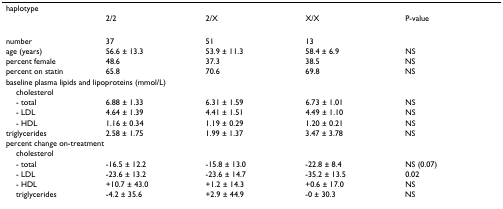
<table><thead><tr><td colspan="5"><b>haplotype</b></td></tr><tr><td></td><td><b>2/2</b></td><td><b>2/X</b></td><td><b>X/X</b></td><td><b>P-value</b></td></tr></thead><tbody><tr><td>number</td><td>37</td><td>51</td><td>13</td><td></td></tr><tr><td>age (years)</td><td>56.6 ± 13.3</td><td>53.9 ± 11.3</td><td>58.4 ± 6.9</td><td>NS</td></tr><tr><td>percent female</td><td>48.6</td><td>37.3</td><td>38.5</td><td>NS</td></tr><tr><td>percent on statin</td><td>65.8</td><td>70.6</td><td>69.8</td><td>NS</td></tr><tr><td colspan="5">baseline plasma lipids and lipoproteins (mmol/L)</td></tr><tr><td> cholesterol</td><td></td><td></td><td></td><td></td></tr><tr><td> - total</td><td>6.88 ± 1.33</td><td>6.31 ± 1.59</td><td>6.73 ± 1.01</td><td>NS</td></tr><tr><td> - LDL</td><td>4.64 ± 1.39</td><td>4.41 ± 1.51</td><td>4.49 ± 1.10</td><td>NS</td></tr><tr><td> - HDL</td><td>1.16 ± 0.34</td><td>1.19 ± 0.29</td><td>1.20 ± 0.21</td><td>NS</td></tr><tr><td>triglycerides</td><td>2.58 ± 1.75</td><td>1.99 ± 1.37</td><td>3.47 ± 3.78</td><td>NS</td></tr><tr><td colspan="5">percent change on-treatment</td></tr><tr><td> cholesterol</td><td></td><td></td><td></td><td></td></tr><tr><td> - total</td><td>-16.5 ± 12.2</td><td>-15.8 ± 13.0</td><td>-22.8 ± 8.4</td><td>NS (0.07)</td></tr><tr><td> - LDL</td><td>-23.6 ± 13.2</td><td>-23.6 ± 14.7</td><td>-35.2 ± 13.5</td><td>0.02</td></tr><tr><td> - HDL</td><td>+10.7 ± 43.0</td><td>+1.2 ± 14.3</td><td>+0.6 ± 17.0</td><td>NS</td></tr><tr><td> triglycerides</td><td>-4.2 ± 35.6</td><td>+2.9 ± 44.9</td><td>-0 ± 30.3</td><td>NS</td></tr></tbody></table>